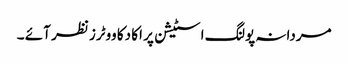
مردانہ پولنگ اسٹیشن پر اکا دکا ووٹرز نظر آئے ۔